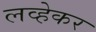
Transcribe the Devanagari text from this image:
लव्हेकर